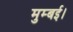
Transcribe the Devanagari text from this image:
मुम्बई।